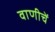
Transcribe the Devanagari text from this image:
वाणीचें